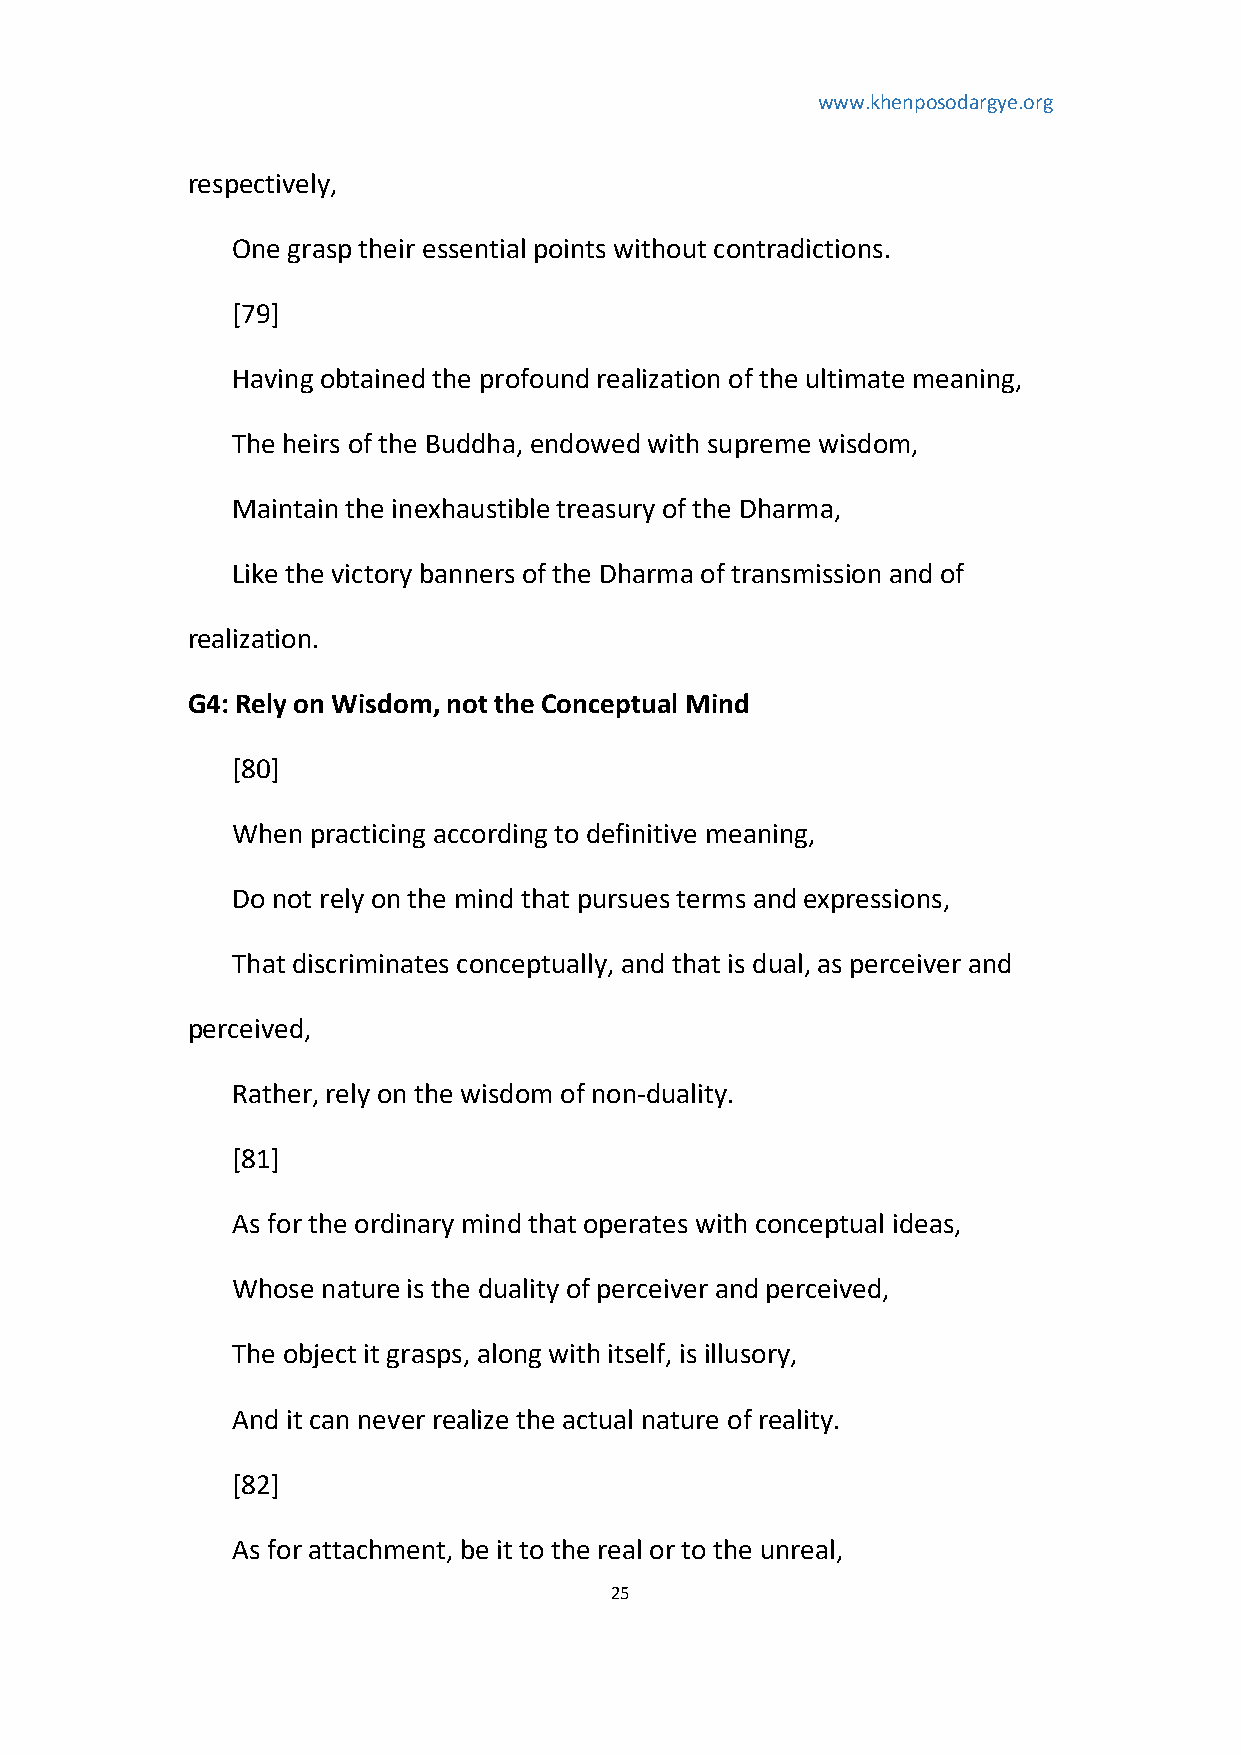
www.khenposodargye.org
 respectively,
 One grasp their essential points without contradictions.
 [79]
 Having obtained the profound realization of the ultimate meaning,
 The heirs of the Buddha, endowed with supreme wisdom,
 Maintain the inexhaustible treasury of the Dharma,
 Like the victory banners of the Dharma of transmission and of
 realization.
 G4: Rely on Wisdom, not the Conceptual Mind
 [80]
 When practicing according to definitive meaning,
 Do not rely on the mind that pursues terms and expressions,
 That discriminates conceptually, and that is dual, as perceiver and
 perceived,
 Rather, rely on the wisdom of non-duality.
 [81]
 As for the ordinary mind that operates with conceptual ideas,
 Whose nature is the duality of perceiver and perceived,
 The object it grasps, along with itself, is illusory,
 And it can never realize the actual nature of reality.
 [82]
 As for attachment, be it to the real or to the unreal,
 25